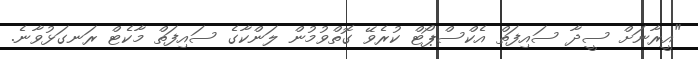
"އީރާނަށް ސީދާ ސައިފަތް އެކްސްޕޯޓް ކުރެވޭ ގޮތްވުމުން ލަންކާގެ ސައިފަތް މާކެޓް ރަނގަޅުވާނެ.